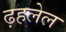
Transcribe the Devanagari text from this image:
ढ़हलेल